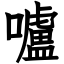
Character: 嚧